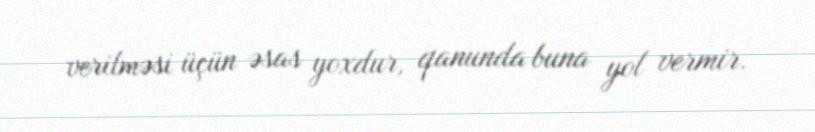
verilməsi üçün əsas yoxdur, qanunda buna yol vermir.